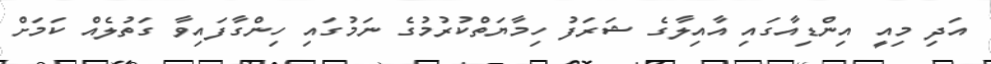
އަދި މިއީ އިންޑިއާގައި އާއިލާގެ ޝަރަފު ހިމާޔަތްކުރުމުގެ ނަމުގައި ހިންގާފައިވާ ގަތުލެއް ކަމަށް